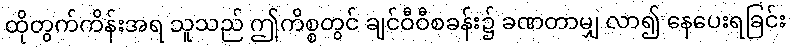
ထိုတွက်ကိန်းအရ သူသည် ဤကိစ္စတွင် ချင်ဝီဝီစခန်း၌ ခဏတာမျှ လာ၍ နေပေးရခြင်း